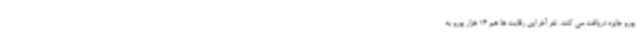
یورو جایزه دریافت می کنند. نفر آخر این رقابت ها هم 14 هزار یورو به